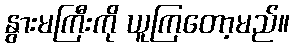
နွားမကြီးကို ယူကြတော့မည်။